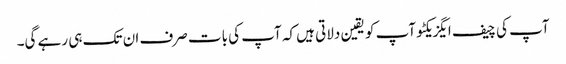
آپ کی چیف ایگزیکٹو آپ کو یقین دلاتی ہیں کہ آپ کی بات صرف ان تک ہی رہے گی۔